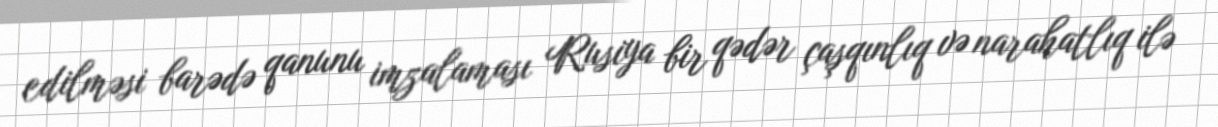
edilməsi barədə qanunu imzalaması Rusiya bir qədər çaşqınlıq və narahatlıq ilə